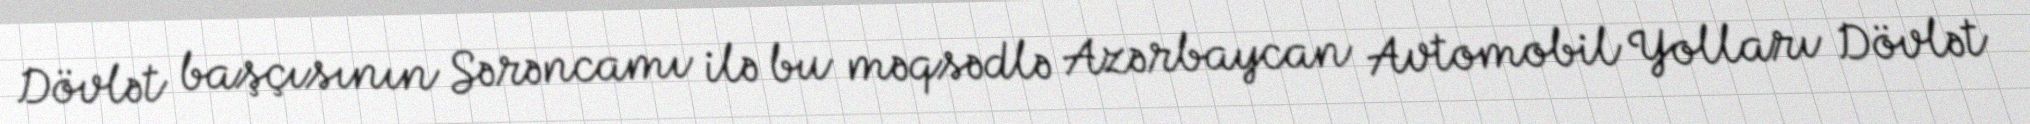
Dövlət başçısının Sərəncamı ilə bu məqsədlə Azərbaycan Avtomobil Yolları Dövlət